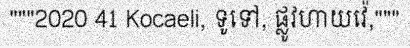
"""2020 41 Kocaeli, ទូទៅ, ផ្លូវហាយវ៉េ,"""